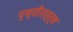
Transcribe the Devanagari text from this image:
पृथ्वीतत्त्व